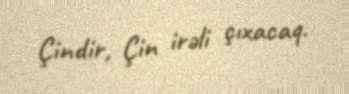
Çindir, Çin irəli çıxacaq.